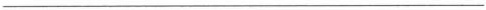
___